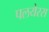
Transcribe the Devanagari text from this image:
पलयेरस